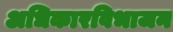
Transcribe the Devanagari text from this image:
अधिकारविभाजन